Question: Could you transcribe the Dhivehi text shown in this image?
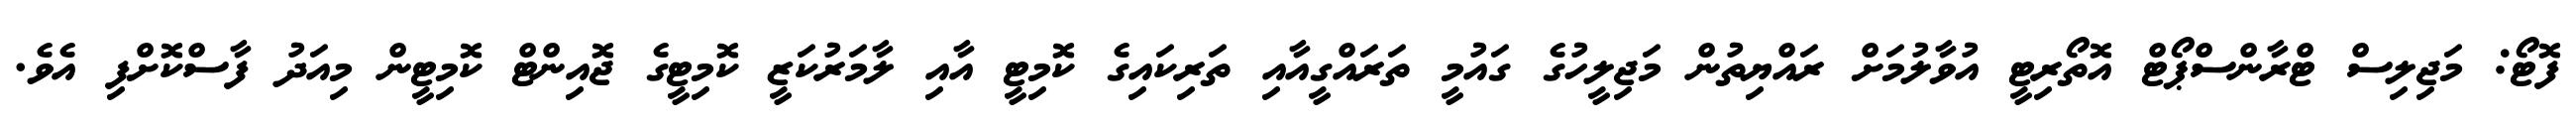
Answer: ފޮޓޯ: މަޖިލިސް ޓްރާންސްޕޯޓް އޮތޯރިޓީ އުވާލުމަށް ރައްޔިތުން މަޖިލީހުގެ ގައުމީ ތަރައްގީއާއި ތަރިކައިގެ ކޮމިޓީ އާއި ލާމަރުކަޒީ ކޮމިޓީގެ ޖޮއިންޓް ކޮމިޓީން މިއަދު ފާސްކޮށްފި އެވެ.